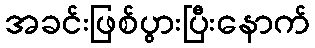
အခင်းဖြစ်ပွားပြီးနောက်